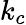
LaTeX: k_{c}